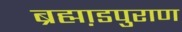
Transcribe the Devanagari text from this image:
ब्रह्मा़डपुराण